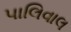
પાલિવાલ